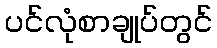
ပင်လုံစာချုပ်တွင်